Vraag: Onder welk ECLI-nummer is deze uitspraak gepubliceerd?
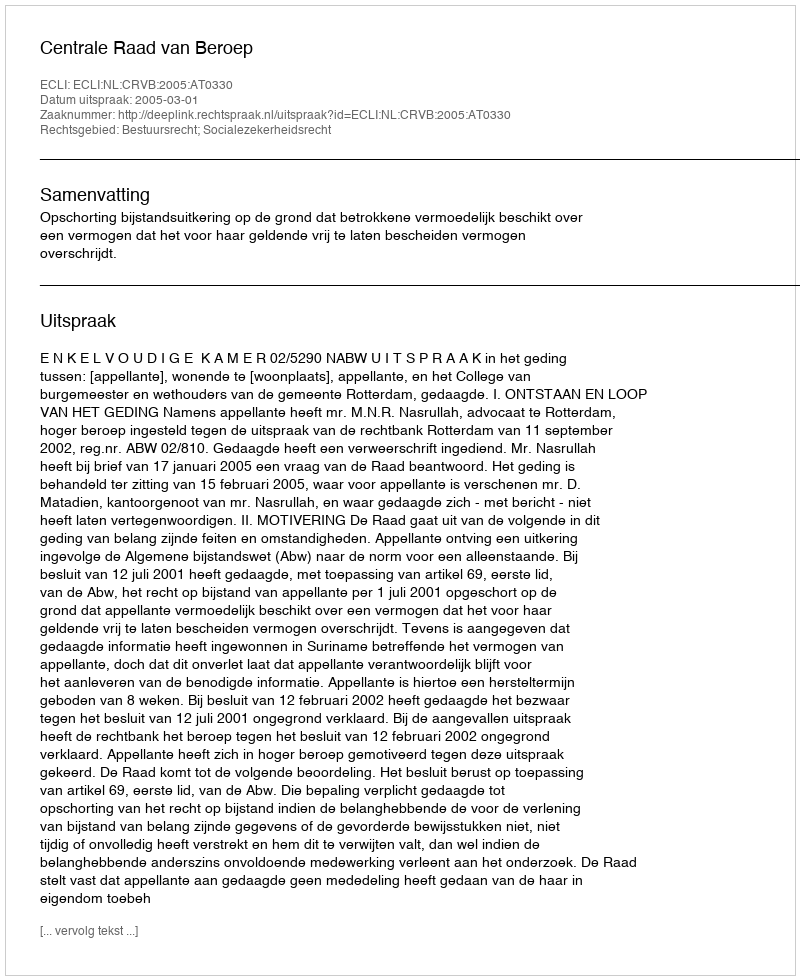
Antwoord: ECLI:NL:CRVB:2005:AT0330